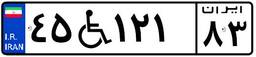
۴۵W۱۲۱۸۳